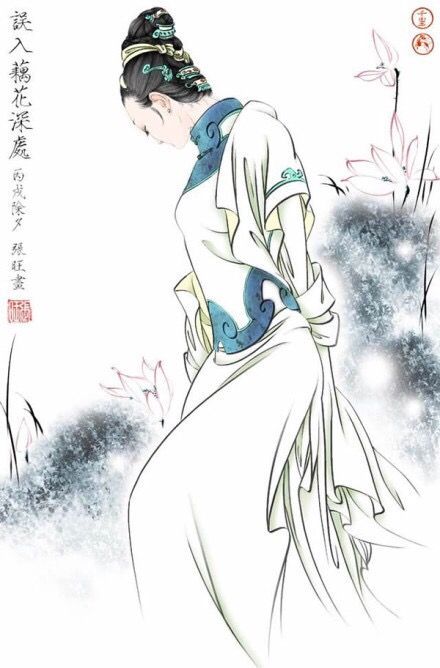
常记溪亭日暮，沉醉不知归路。